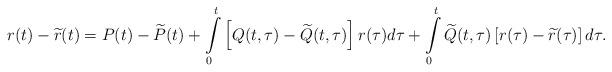
LaTeX: \begin{align*}r(t)-\widetilde{r}(t)=P(t)-\widetilde{P}(t)+\int\limits_{0}^{t}\left[Q(t,\tau )-\widetilde{Q}(t,\tau )\right] r(\tau )d\tau +\int\limits_{0}^{t}\widetilde{Q}(t,\tau )\left[ r(\tau )-\widetilde{r}(\tau )\right] d\tau . \end{align*}